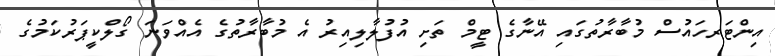
އިންޓަރހައުސް މުބާރާތުގައި އޭނާގެ ޓީމް ތަށި އުފުލާލިއިރު އެ މުބާރާތުގެ އެއްވަނަ ގޯލްކީޕަރުކަމުގެ